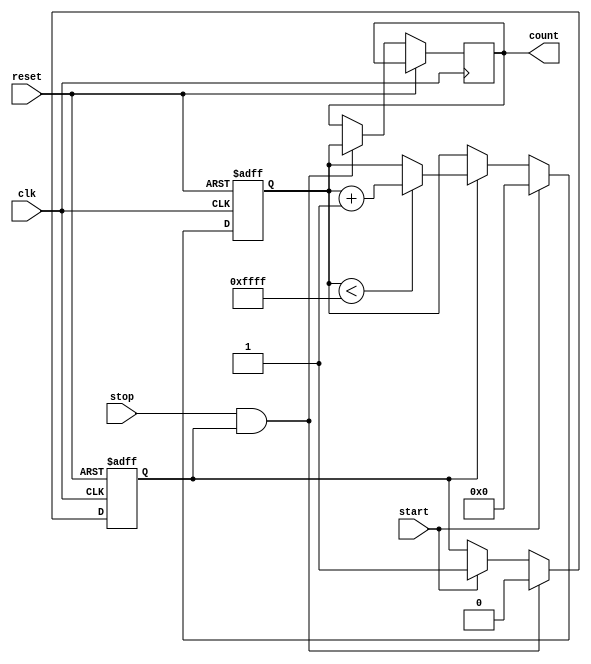
module TDC (
    input wire clk,         // System clock
    input wire reset,       // Asynchronous reset
    input wire start,       // Start signal
    input wire stop,        // Stop signal
    output reg [15:0] count // Output count value
);

    // Parameters
    parameter DELAY_NUM = 16; // Number of delay elements
    parameter MAX_COUNT = 16'hFFFF; // Maximum count value

    // Internal signals
    reg [DELAY_NUM-1:0] delay_line; // Delay line
    reg counting;                    // Counting flag
    reg [15:0] counter;              // Counter for clock cycles

    // Initialize the delay line and counter
    initial begin
        delay_line = 0;
        counter = 0;
        count = 0;
        counting = 0;
    end

    // Delay line generation (simple shift register for demonstration)
    always @(posedge clk or posedge reset) begin
        if (reset) begin
            delay_line <= 0;
        end else begin
            delay_line <= {start, delay_line[DELAY_NUM-1:1]};
        end
    end

    // Counter logic
    always @(posedge clk or posedge reset) begin
        if (reset) begin
            counter <= 0;
            counting <= 0;
        end else begin
            // Start counting on start signal
            if (start) begin
                counting <= 1;
                counter <= 0; // Reset counter on start
            end else if (counting) begin
                if (counter < MAX_COUNT) begin
                    counter <= counter + 1; // Increment counter
                end
            end
            
            // Stop counting on stop signal
            if (stop && counting) begin
                counting <= 0;
                count <= counter; // Capture the count value
            end
        end
    end

endmodule